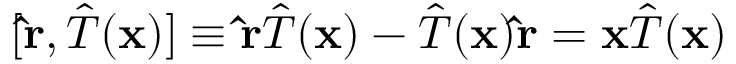
[ \mathbf { \hat { r } } , { \hat { T } } ( \mathbf { x } ) ] \equiv \mathbf { \hat { r } } { \hat { T } } ( \mathbf { x } ) - { \hat { T } } ( \mathbf { x } ) \mathbf { \hat { r } } = \mathbf { x } { \hat { T } } ( \mathbf { x } )